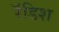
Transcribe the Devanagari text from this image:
रॅडिश